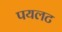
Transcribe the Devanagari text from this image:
पयलट